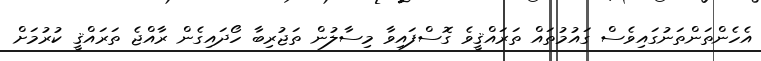
އެހެންތަންތަނުގައިވެސް ގައުމުތައް ތަރައްޤީވެ ގޮސްފައިވާ މިސާލުން ތަޖުރިބާ ހޯދައިގެން ރާއްޖެ ތަރައްޤީ ކުރުމަށް